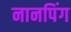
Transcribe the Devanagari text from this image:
नानपिंग